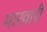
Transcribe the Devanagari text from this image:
मारवारी